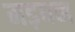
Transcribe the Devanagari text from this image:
मड़घन